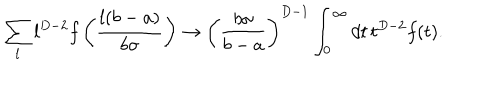
\sum _ { l } l ^ { D - 2 } f \left( \frac { l ( b - a ) } { b \sigma } \right) \to \left( \frac { b \sigma } { b - a } \right) ^ { D - 1 } \int _ { 0 } ^ { \infty } d t \, t ^ { D - 2 } f ( t ) .